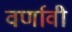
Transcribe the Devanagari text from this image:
वर्णावी